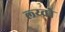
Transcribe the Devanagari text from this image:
ल्य्व्रो